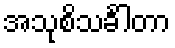
အသုစိသင်္ခါတာ